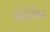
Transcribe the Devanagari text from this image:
सेरोटेनिन